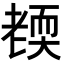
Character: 𦓜